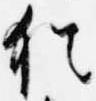
猶